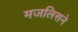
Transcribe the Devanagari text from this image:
मजलिसने